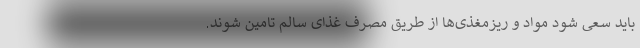
باید سعی شود مواد و ریزمغذی‌ها از طریق مصرف غذای سالم تامین شوند.